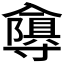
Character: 𭁂